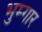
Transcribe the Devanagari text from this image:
भुम्गार